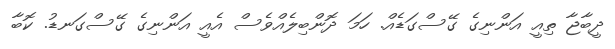
ދީބާޖާ ތިއީ އަންނިގެ ގޭސްގަޑެއް. ހަމަ ދޮންބިލެއްވެސް އެއީ އަންނިގެ ގޭސްގަނޑު. ކޮބާ